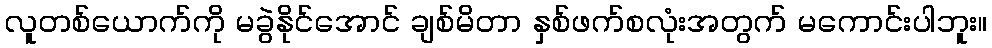
လူတစ်ယောက်ကို မခွဲနိုင်အောင် ချစ်မိတာ နှစ်ဖက်စလုံးအတွက် မကောင်းပါဘူး။